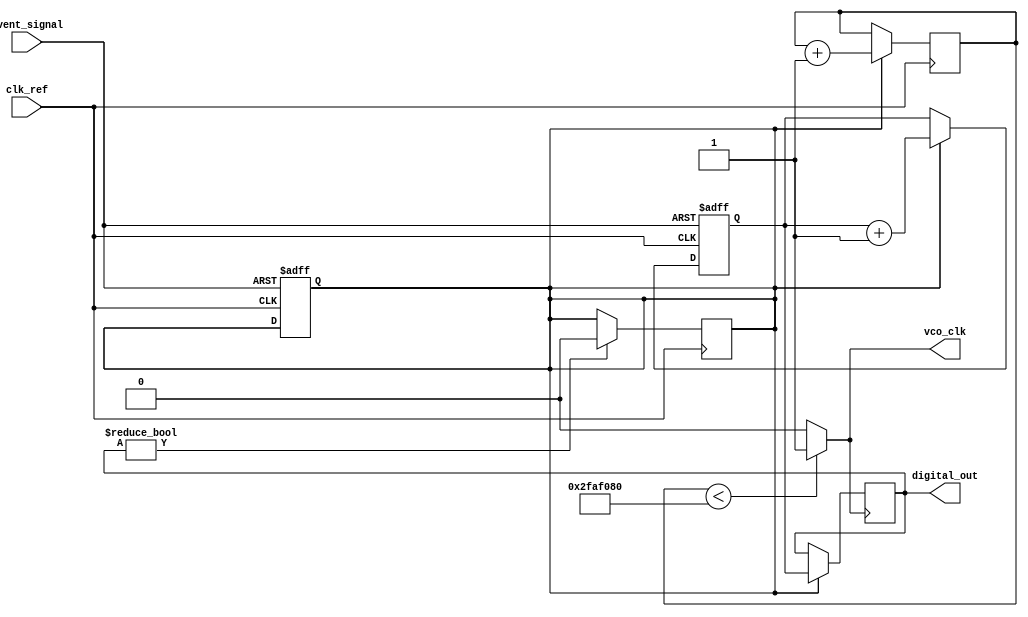
module TDC_PLL (
    input wire clk_ref,           // Reference clock input
    input wire event_signal,      // Input event signal
    output reg [15:0] digital_out, // Digital output representing time interval
    output wire vco_clk           // VCO clock output
);

// Parameters
parameter VCO_FREQUENCY = 100_000_000; // VCO frequency (100 MHz)
parameter COUNTER_WIDTH = 16;           // Width of the counter

// Internal signals
reg [COUNTER_WIDTH-1:0] counter;        // Counter for measuring time intervals
reg vco_enable;                          // VCO enable signal
reg [31:0] vco_counter;                  // VCO counter for generating clock

// VCO clock generation
always @(posedge clk_ref) begin
    if (vco_enable) begin
        vco_counter <= vco_counter + 1;
    end
end

assign vco_clk = (vco_counter < (VCO_FREQUENCY / 2)) ? 1'b1 : 1'b0;

// Phase Detector and Loop Filter (simplified)
always @(posedge event_signal or posedge clk_ref) begin
    if (event_signal) begin
        // Reset counter on event signal
        counter <= 0;
        vco_enable <= 1; // Enable VCO
    end else if (vco_enable) begin
        // Increment counter on VCO clock edge
        counter <= counter + 1;
    end
end

// Capture the time interval on the next rising edge of the VCO clock
always @(posedge vco_clk) begin
    if (vco_enable) begin
        digital_out <= counter; // Output the measured time interval
    end
end

// Disable VCO after measurement (for simplicity)
always @(posedge clk_ref) begin
    if (digital_out != 0) begin
        vco_enable <= 0; // Disable VCO after measurement
    end
end

endmodule